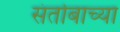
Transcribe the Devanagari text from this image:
संतोबाच्या